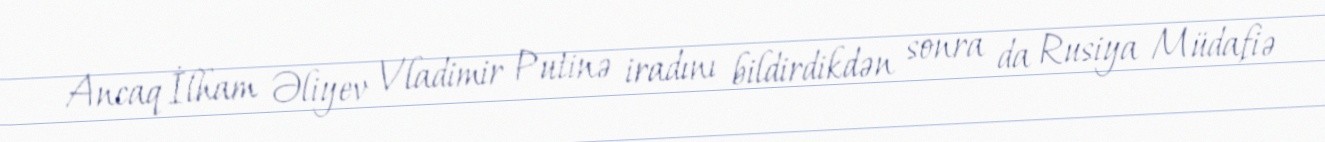
Ancaq İlham Əliyev Vladimir Putinə iradını bildirdikdən sonra da Rusiya Müdafiə